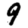
Digit: 9